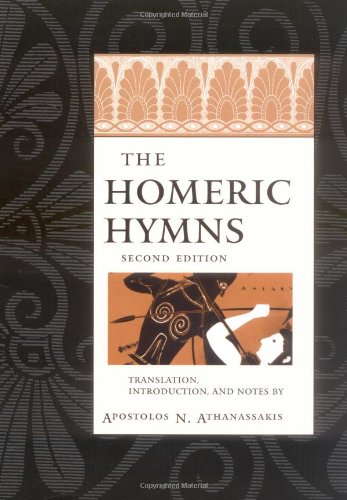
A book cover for The Homeric Hymns, 2nd Edition; Literature & Fiction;